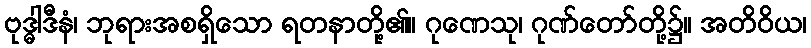
ဗုဒ္ဓါဒီနံ၊ ဘုရားအစရှိသော ရတနာတို့၏။ ဂုဏေသု၊ ဂုဏ်တော်တို့၌။ အတိဝိယ၊